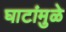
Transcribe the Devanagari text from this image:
घाटांमुळे